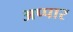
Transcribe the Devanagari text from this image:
अप्पार